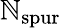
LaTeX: \mathbb{N}_{\mathrm{{spur}}}